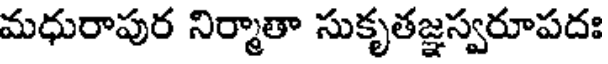
మధురాపుర నిర్మాతా సుకృతజ్ఞస్వరూపదః